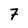
Character: 7